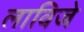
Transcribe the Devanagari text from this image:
लाविजे